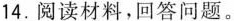
14.阅读材料，回答问题。